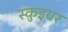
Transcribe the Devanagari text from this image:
स्क़ुइयर